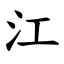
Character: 江